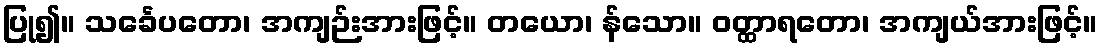
ပြု၍။ သင်္ခေပတော၊ အကျဉ်းအားဖြင့်။ တယော၊ န်သော။ ဝတ္ထာရတော၊ အကျယ်အားဖြင့်။